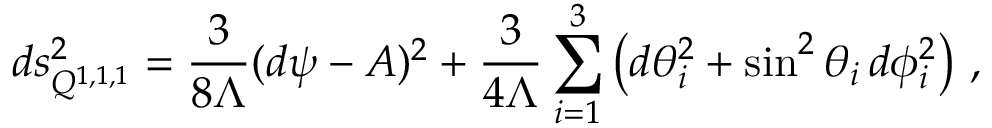
d s _ { Q ^ { 1 , 1 , 1 } } ^ { 2 } = \frac { 3 } { 8 \Lambda } ( d \psi - { \cal A } ) ^ { 2 } + \frac { 3 } { 4 \Lambda } \sum _ { i = 1 } ^ { 3 } \left( d \theta _ { i } ^ { 2 } + \sin ^ { 2 } \theta _ { i } \, d \phi _ { i } ^ { 2 } \right) \, ,